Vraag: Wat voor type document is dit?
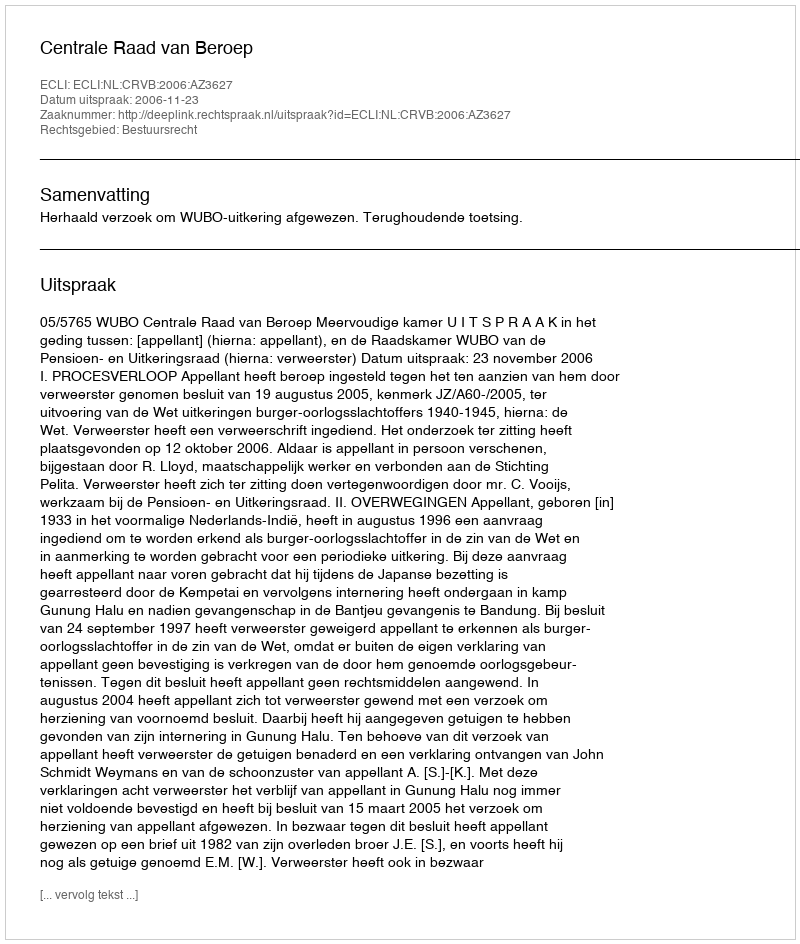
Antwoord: Uitspraak